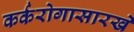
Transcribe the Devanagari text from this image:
कर्करोगासारखे